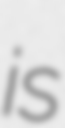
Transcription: is